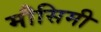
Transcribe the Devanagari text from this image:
मौसिमी